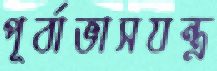
পূর্বাভাসযন্ত্র